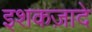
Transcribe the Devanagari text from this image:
इशकज़ादे